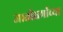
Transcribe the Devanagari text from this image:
जातीधर्मांच्या